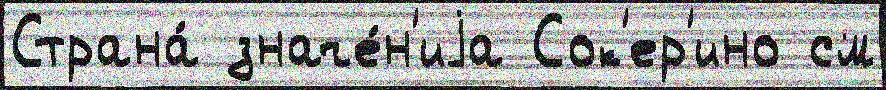
Страна́ значе́н'иjа Сок'ер'ино см